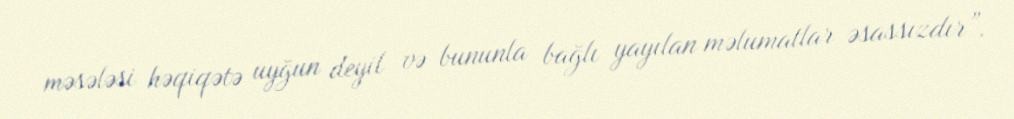
məsələsi həqiqətə uyğun deyil və bununla bağlı yayılan məlumatlar əsassızdır”.